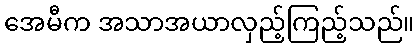
အေမီက အသာအယာလှည့်ကြည့်သည်။